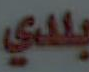
بلدي